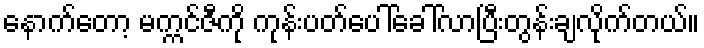
နောက်တော့ မက္ကင်ဇီကို ကုန်းပတ်ပေါ်ခေါ်လာပြီးတွန်းချလိုက်တယ်။